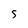
Character: 5